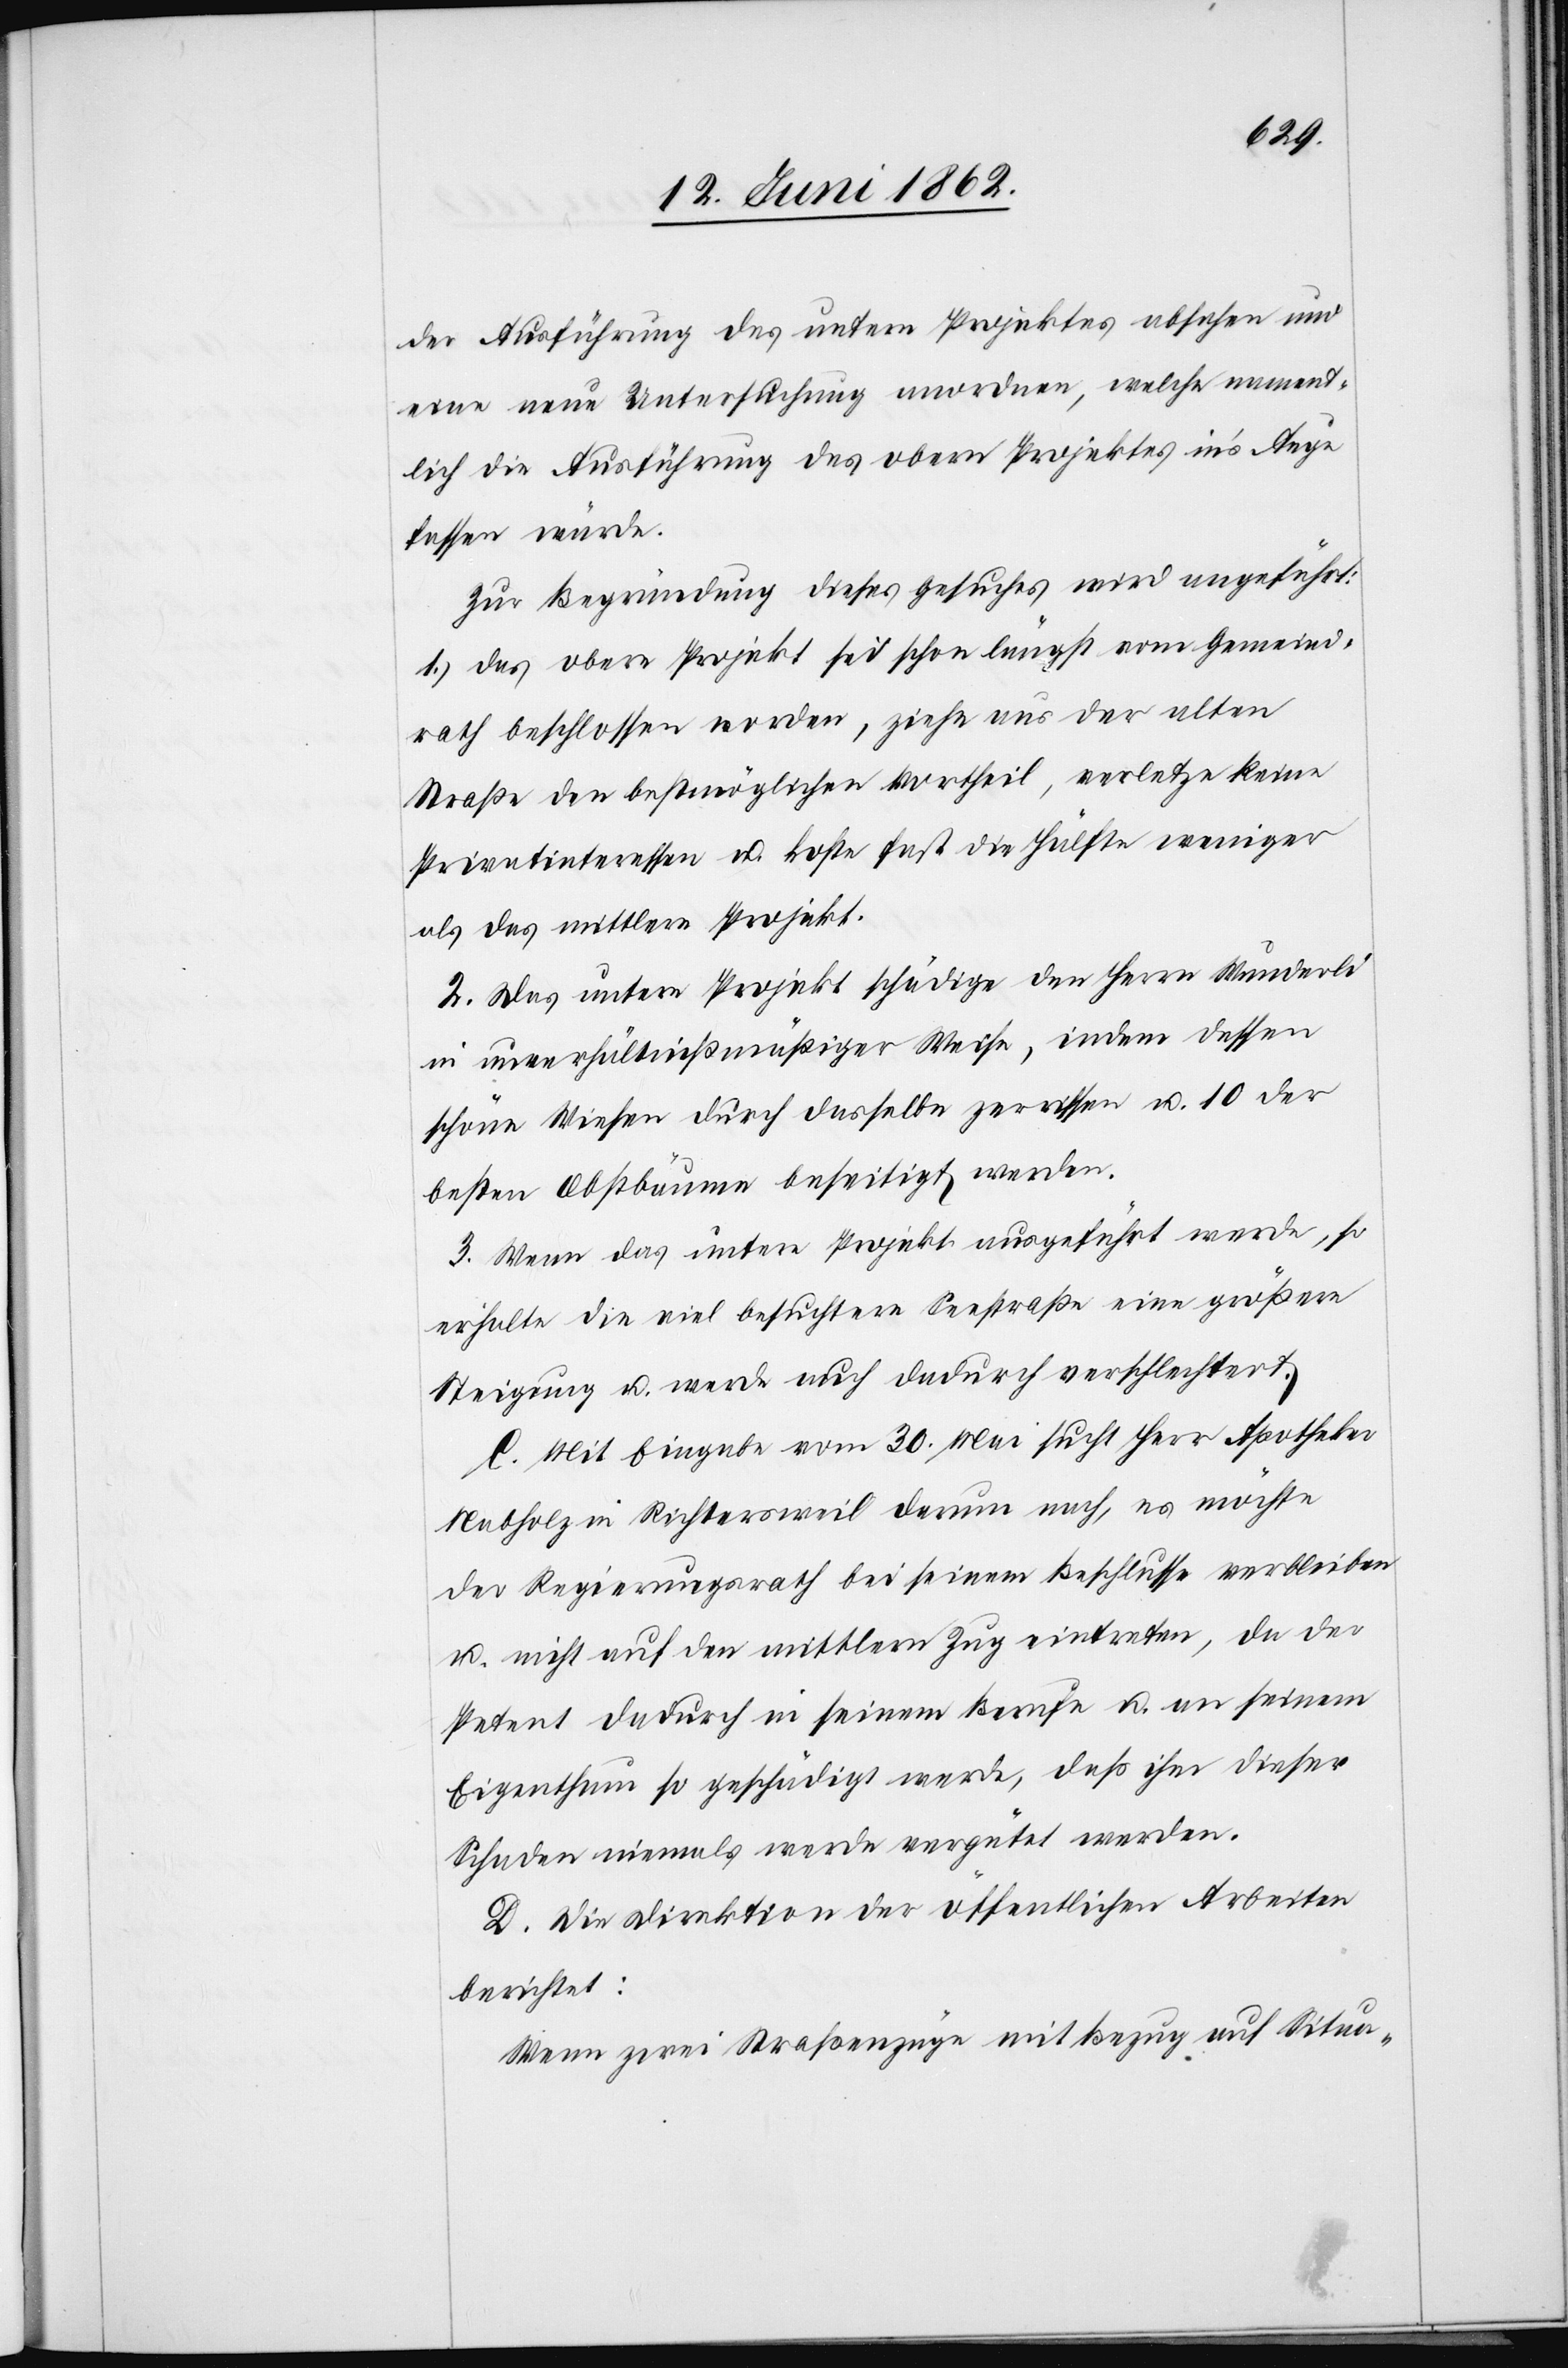
der Ausführung des untern Projektes absehen und
eine neue Untersuchung anordnen, welche nament¬
lich die Ausführung des obern Projektes in’s Auge
fassen würde.
Zur Begründung dieses Gesuches wird angeführt:
1. Das obere Projekt sei schon längst vom Gemeind¬
rath beschlossen worden, ziehe aus der alten
Straße den bestmöglichen Vortheil, verletze keine
Privatinteressen u. koste fast die Hälfte weniger
als das mittlere Projekt.
2. Das untere Projekt schädige den Herrn Wunderli
in unverhältnißmäßiger Weise, indem dessen
schöne Wiesen durch dasselbe zerrissen u. 10 der
besten Obstbäume beseitigt werden.
3. Wenn das untere Projekt ausgeführt werde, so
erhalte die viel besuchtere Seestraße eine größere
Steigung u. werde auch dadurch verschlechtert.
C. Mit Eingabe vom 30. Mai sucht Herr Apotheker
Nabholz in Richtersweil darum nach, es möchte
der Regierungsrath bei seinem Beschlusse verbleiben
u. nicht auf den mittlern Zug eintreten, da der
Petent dadurch in seinem Berufe u. an seinem
Eigenthum so geschädigt werde, daß ihm dieser
Schaden niemals werde vergütet werden.
D. Die Direktion der öffentlichen Arbeiten
berichtet:
Wenn zwei Straßenzüge mit Bezug auf Situa-